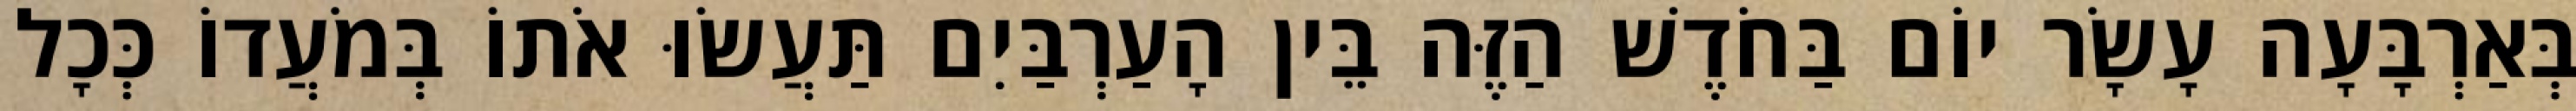
בְּאַרְבָּעָה עָשָׂר יוֹם בַּחֹדֶשׁ הַזֶּה בֵּין הָעַרְבַּיִם תַּעֲשׂוּ אֹתוֹ בְּמֹעֲדוֹ כְּכָל